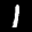
Label: 1